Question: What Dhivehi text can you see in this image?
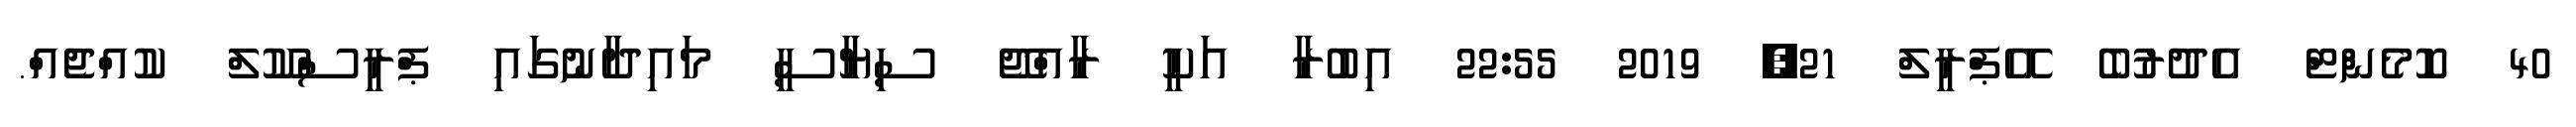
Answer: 40 ކޮމެންޓް އެދުރުބެ އޭޕްރީލް 21, 2019 22:55 އިބުރާ އަކީ ރާއްޖޭ ސިޔާސީ މައިދާނުގައި ޕްރީސްކޫލް ކުއްޖެއް.